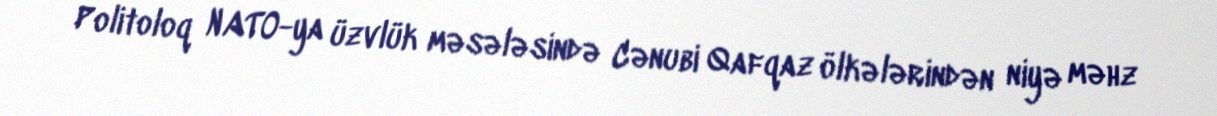
Politoloq NATO-ya üzvlük məsələsində Cənubi Qafqaz ölkələrindən niyə məhz